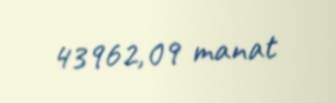
43962,09 manat